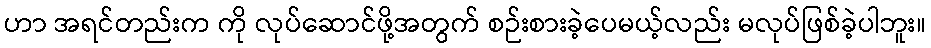
ဟာ အရင်တည်းက ကို လုပ်ဆောင်ဖို့အတွက် စဉ်းစားခဲ့ပေမယ့်လည်း မလုပ်ဖြစ်ခဲ့ပါဘူး။